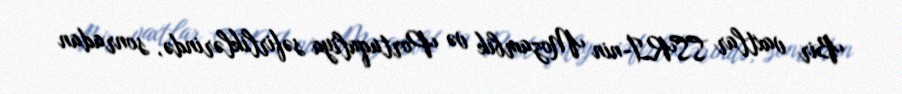
Bir vaxtlar SSRİ-nin Mozambik və Portuqaliya səfirliklərində, sonradan